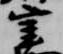
宰